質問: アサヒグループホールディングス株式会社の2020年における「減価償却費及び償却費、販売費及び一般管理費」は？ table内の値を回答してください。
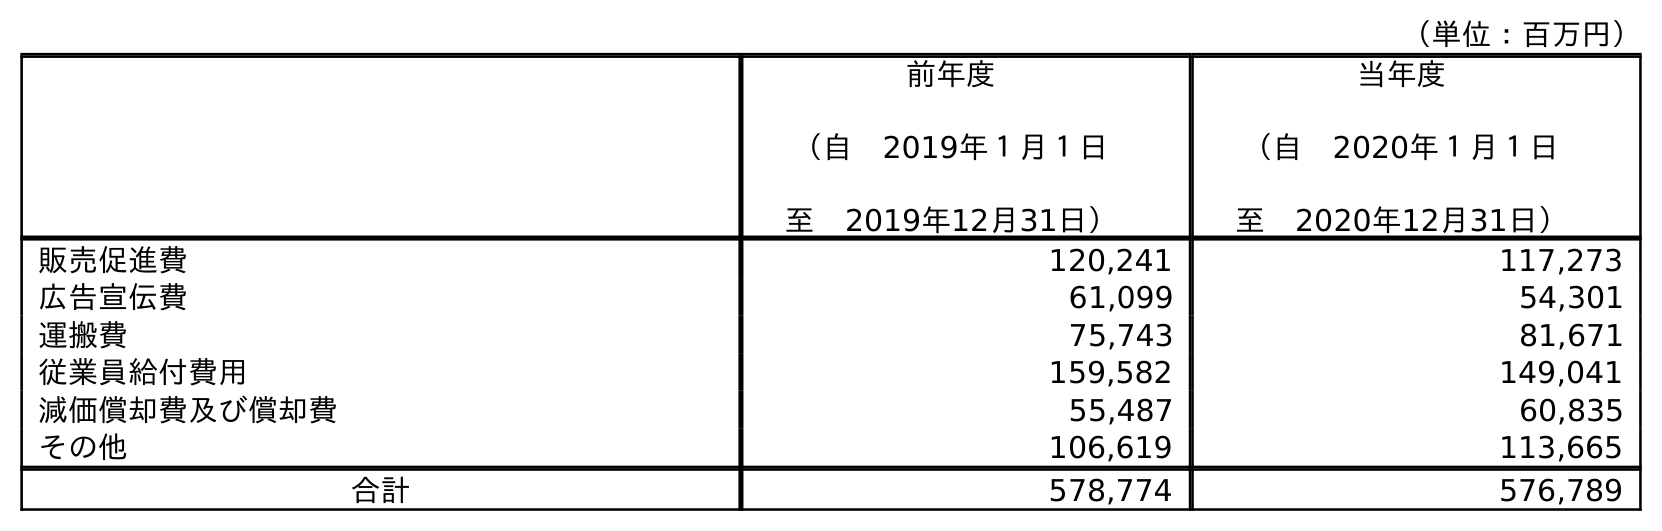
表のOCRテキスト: （単位：百万円） 前年度 （自 2019年１月１日 至 2019年12月31日） 当年度 （自 2020年１月１日 至 2020年12月31日） 販売促進費 120,241 117,273 広告宣伝費 61,099 54,301 運搬費 75,743 81,671 従業員給付費用 159,582 149,041 減価償却費及び償却費 55,487 60,835 その他 106,619 113,665 合計 578,774 576,789
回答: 60,835